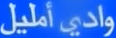
واديأمليل